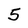
Character: 5